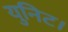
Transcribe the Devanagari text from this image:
युनिट।